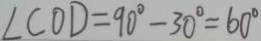
\angle C O D = 9 0 ^ { \circ } - 3 0 ^ { \circ } = 6 0 ^ { \circ }